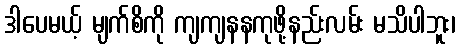
ဒါပေမယ့် မျက်စိကို ကျကျနနကုဖို့နည်းလမ်း မသိပါဘူး၊